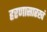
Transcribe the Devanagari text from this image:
हरणासारखं